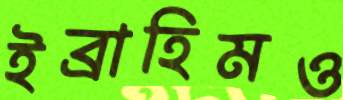
ইব্রাহিমও